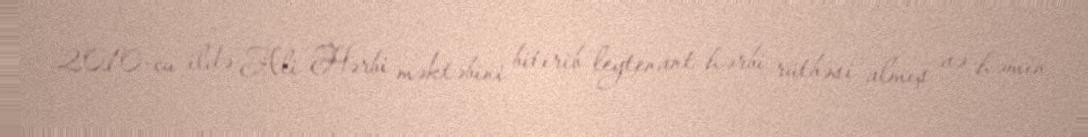
2010-cu ildə Ali Hərbi məktəbini bitirib leytenant hərbi rütbəsi almış və həmin